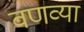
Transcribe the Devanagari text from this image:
वणव्या